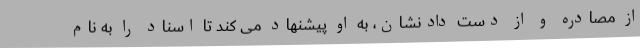
از مصادره و از دست دادنشان، به او پیشنهاد می کند تا اسناد را به نام